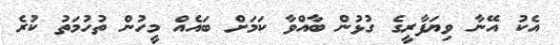
އެކު އޭނާ ވިޔަފާރީގެ ގުޅުން ބާއްވާ ކަމަށް ބައެއް މީހުން ތުހުމަތު ކުރެ